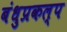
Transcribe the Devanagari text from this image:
बंधुप्रकल्प